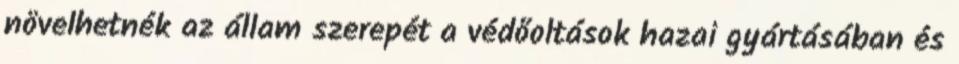
növelhetnék az állam szerepét a védőoltások hazai gyártásában és